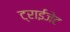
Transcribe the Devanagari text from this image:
ट्राईजेट